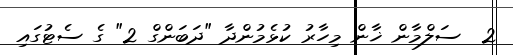
2  ސަލްމާން ޚާން މިހާރު ކުޅެމުންދާ "ދަބަންގް 2" ގެ ސެޓުގައި